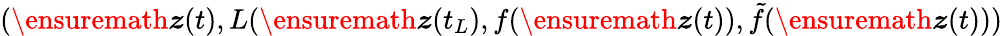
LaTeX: (\ensuremath{\boldsymbol{z}}(t),L(\ensuremath{\boldsymbol{z}}(t_{L}),f(\ensuremath{\boldsymbol{z}}(t)),\tilde{f}(\ensuremath{\boldsymbol{z}}(t)))